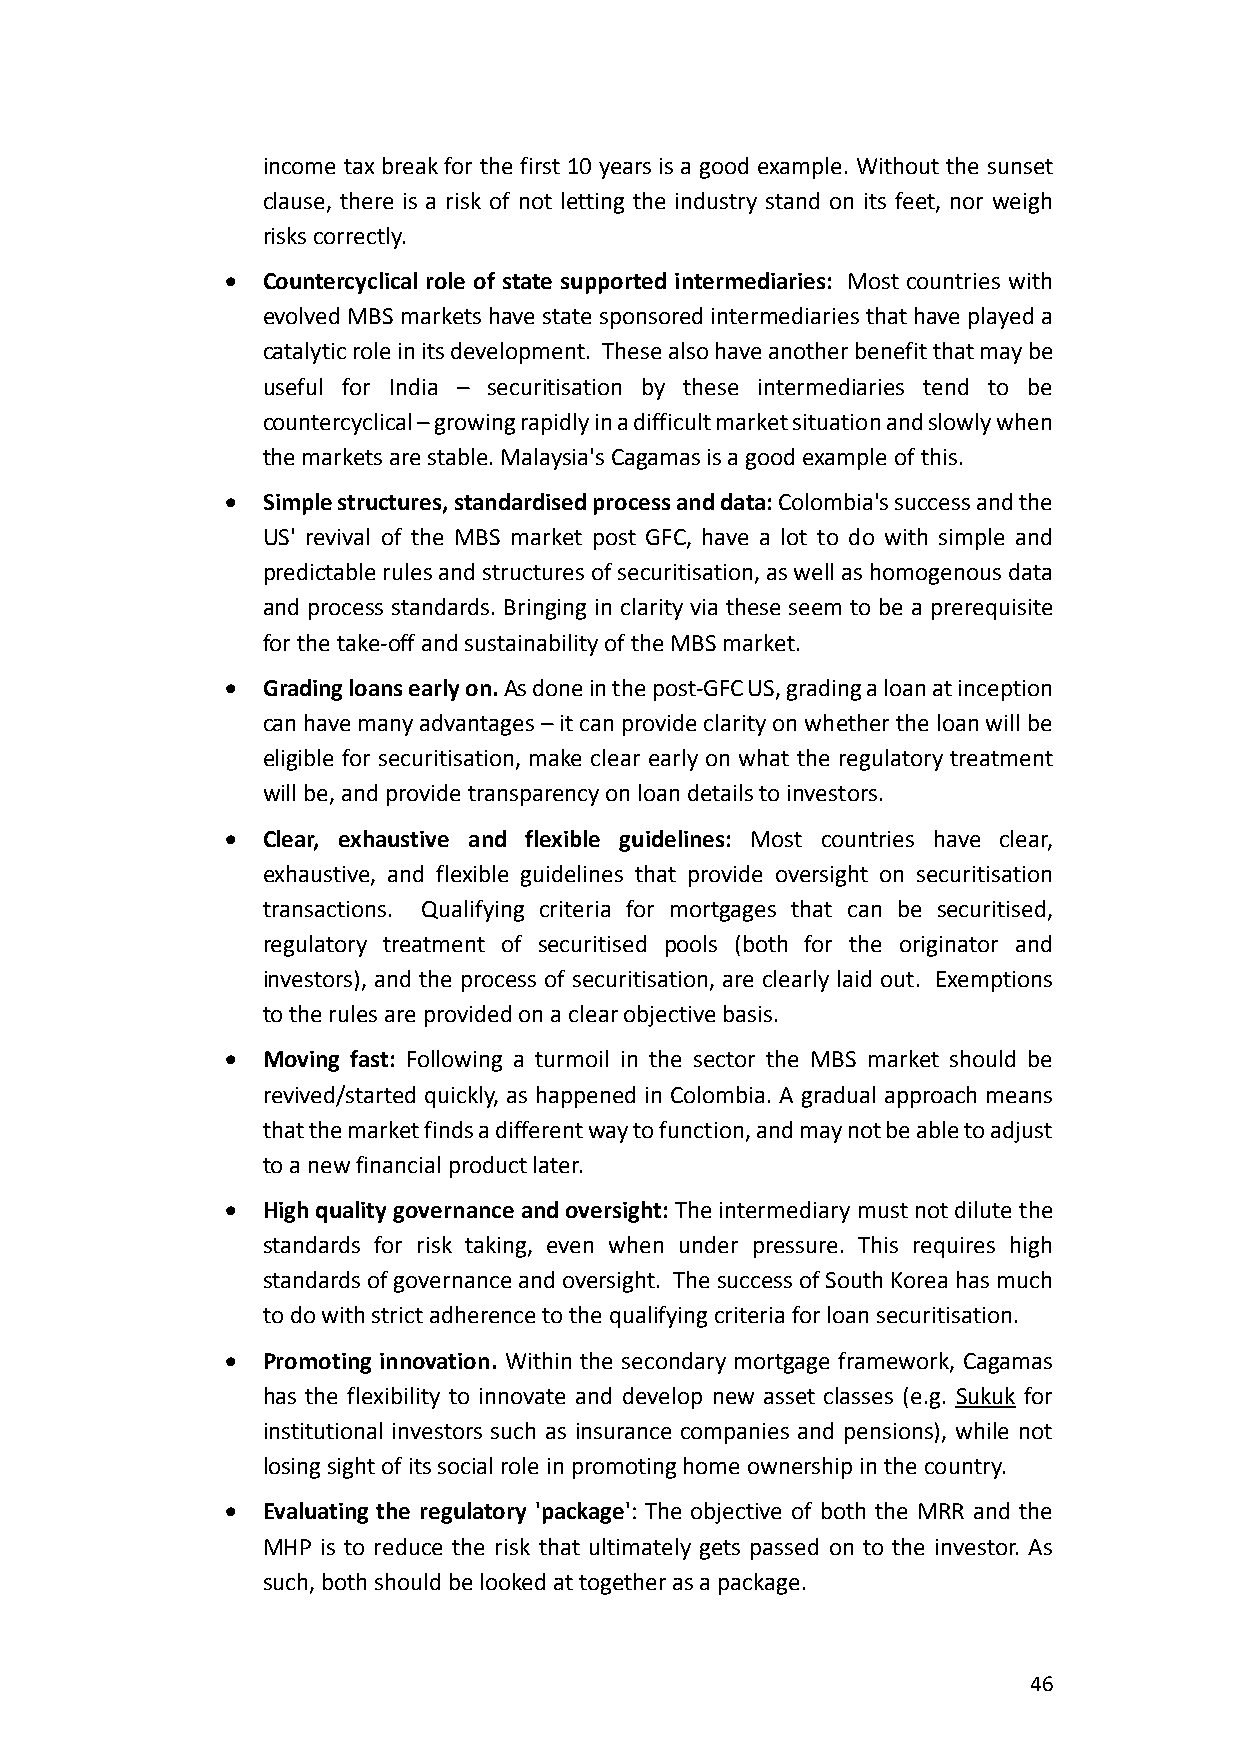
income tax break for the first 10 years is a good example. Without the sunset
 clause, there is a risk of not letting the industry stand on its feet, nor weigh
 risks correctly.
 • Countercyclical role of state supported intermediaries: Most countries with
 evolved MBS markets have state sponsored intermediaries that have played a
 catalytic role in its development. These also have another benefit that may be
 useful for India – securitisation by these intermediaries tend to be
 countercyclical – growing rapidly in a difficult market situation and slowly when
 the markets are stable. Malaysia's Cagamas is a good example of this.
 • Simple structures, standardised process and data: Colombia's success and the
 US' revival of the MBS market post GFC, have a lot to do with simple and
 predictable rules and structures of securitisation, as well as homogenous data
 and process standards. Bringing in clarity via these seem to be a prerequisite
 for the take-off and sustainability of the MBS market.
 • Grading loans early on. As done in the post-GFC US, grading a loan at inception
 can have many advantages – it can provide clarity on whether the loan will be
 eligible for securitisation, make clear early on what the regulatory treatment
 will be, and provide transparency on loan details to investors.
 • Clear, exhaustive and flexible guidelines: Most countries have clear,
 exhaustive, and flexible guidelines that provide oversight on securitisation
 transactions. Qualifying criteria for mortgages that can be securitised,
 regulatory treatment of securitised pools (both for the originator and
 investors), and the process of securitisation, are clearly laid out. Exemptions
 to the rules are provided on a clear objective basis.
 • Moving fast: Following a turmoil in the sector the MBS market should be
 revived/started quickly, as happened in Colombia. A gradual approach means
 that the market finds a different way to function, and may not be able to adjust
 to a new financial product later.
 • High quality governance and oversight: The intermediary must not dilute the
 standards for risk taking, even when under pressure. This requires high
 standards of governance and oversight. The success of South Korea has much
 to do with strict adherence to the qualifying criteria for loan securitisation.
 • Promoting innovation. Within the secondary mortgage framework, Cagamas
 has the flexibility to innovate and develop new asset classes (e.g. Sukuk for
 institutional investors such as insurance companies and pensions), while not
 losing sight of its social role in promoting home ownership in the country.
 • Evaluating the regulatory 'package': The objective of both the MRR and the
 MHP is to reduce the risk that ultimately gets passed on to the investor. As
 such, both should be looked at together as a package.
 46